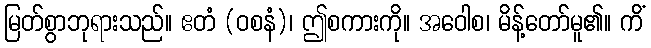
မြတ်စွာဘုရားသည်။ ဧတံ (ဝစနံ)၊ ဤစကားကို။ အဝေါစ၊ မိန့်တော်မူ၏။ ကိံ